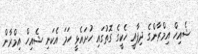
ޝެއިހް އިމްރާންގެ ދިފާއީ ހެކީގެ ގޮތުގައި ހުށައެޅީ ހަމަ އެކަނި ޝެއިހް އިމްރާން